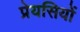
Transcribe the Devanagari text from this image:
प्रेयसियों